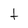
Character: t